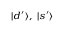
\scriptstyle { | d ^ { \prime } \rangle , \ | s ^ { \prime } \rangle }